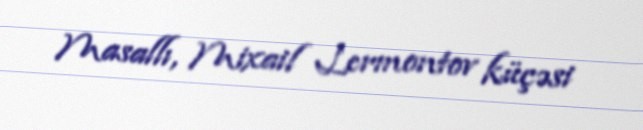
Masallı, Mixail Lermontov küçəsi